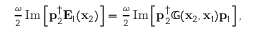
\begin{array} { r } { \frac { \omega } { 2 } \operatorname { I m } \left[ \mathbf { p } _ { 2 } ^ { \dagger } \mathbf { E } _ { 1 } ( \mathbf { x } _ { 2 } ) \right] = \frac { \omega } { 2 } \operatorname { I m } \left[ \mathbf { p } _ { 2 } ^ { \dagger } \mathbb { G } ( \mathbf { x } _ { 2 } , \mathbf { x } _ { 1 } ) \mathbf { p } _ { 1 } \right] , } \end{array}